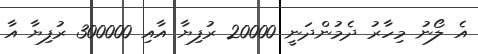
އެ ލޯނު މިހާރު ދެމުންދަނީ 20000 ރުފިޔާ އާއި 300000 ރުފިޔާ އާ